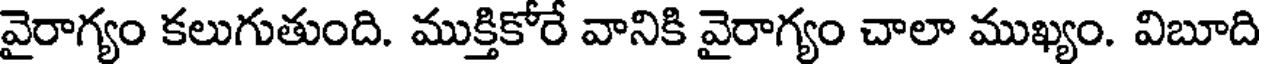
వైరాగ్యం కలుగుతుంది. ముక్తికోరే వానికి వైరాగ్యం చాలా ముఖ్యం. విబూది